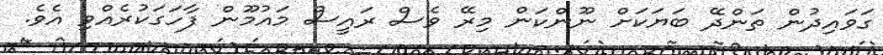
ގަވައިދުން ތަންދޭ ބަޔަކަށް ނޫންކަން މިރޭ ވެސް ރައީސް މައުމޫން ފާހަގަކުރެއްވި އެވެ.